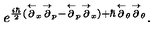
e ^ { { \frac { i \hbar } { 2 } } ( \stackrel { \leftarrow } { \partial } _ { x } \stackrel { \rightarrow } { \partial } _ { p } - \stackrel { \leftarrow } { \partial } _ { p } \stackrel { \rightarrow } { \partial } _ { x } ) + \hbar \stackrel { \leftarrow } { \partial } _ { \theta } \stackrel { \rightarrow } { \partial } _ { \theta } } .